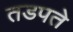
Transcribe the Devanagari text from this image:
तडपते